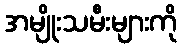
အမျိုးသမီးများကို